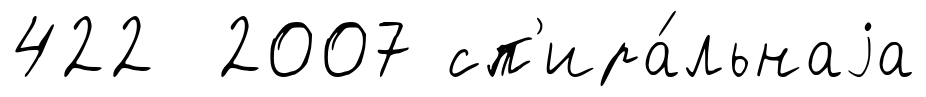
422 2007 сп'ира́льнаjа